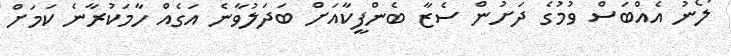
ލޯނު އެއްބަސް ވުމުގެ ދަށުން ސެޒާ ބެންފީކާއަށް ބަދަލުވާނެ އަގެއް ހާމަކުރާނެ ކަމަށް